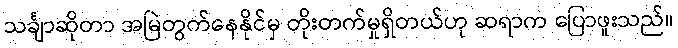
သင်္ချာဆိုတာ အမြဲတွက်နေနိုင်မှ တိုးတက်မှုရှိတယ်ဟု ဆရာက ပြောဖူးသည်။